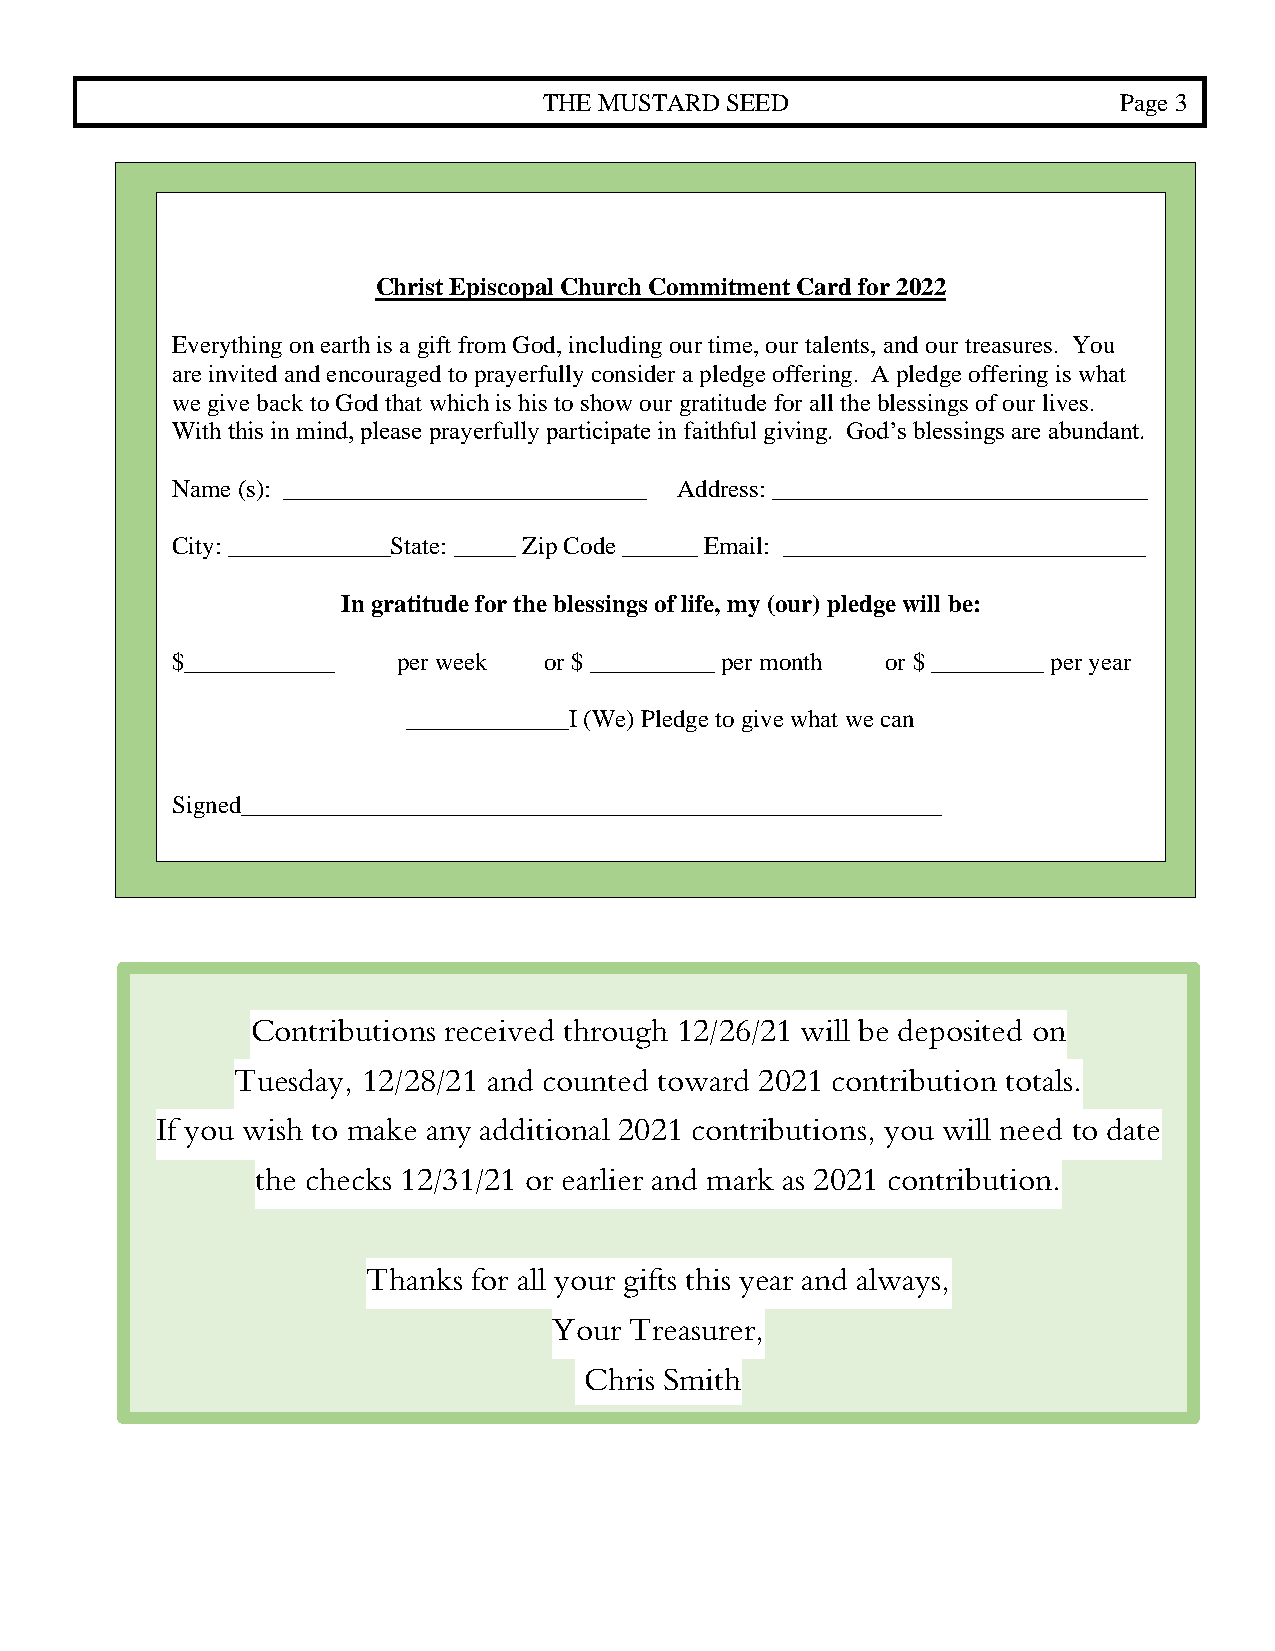
THE MUSTARD SEED                      Page 3
 Christ Episcopal Church Commitment Card for 2022
 Everything on earth is a gift from God, including our time, our talents, and our treasures. You
 are invited and encouraged to prayerfully consider a pledge offering. A pledge offering is what
 we give back to God that which is his to show our gratitude for all the blessings of our lives.
 With this in mind, please prayerfully participate in faithful giving. God’s blessings are abundant.
 Name (s): _____________________________ Address: ______________________________
 City: _____________State: _____ Zip Code ______ Email: _____________________________
 In gratitude for the blessings of life, my (our) pledge will be:
 $____________  per week  or $ __________ per month or $ _________ per year
 _____________I (We) Pledge to give what we can
 Signed________________________________________________________
 Contributions received through 12/26/21 will be deposited on
 Tuesday, 12/28/21 and counted toward 2021 contribution totals.
 If you wish to make any additional 2021 contributions, you will need to date
 the checks 12/31/21 or earlier and mark as 2021 contribution.
 Thanks for all your gifts this year and always,
 Your Treasurer,
 Chris Smith